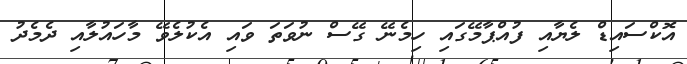
އޮކްސައިޑް ލެޔާއި ފުއްޕާމޭގައި ހިމެނޭ ގޭސް ނުވަތަ ވައި އެކުލެވޭ މާހައުލާއި ދެމެދު